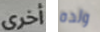
أخرى ولده